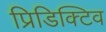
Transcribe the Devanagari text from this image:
प्रिडिक्टिव